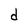
Character: d